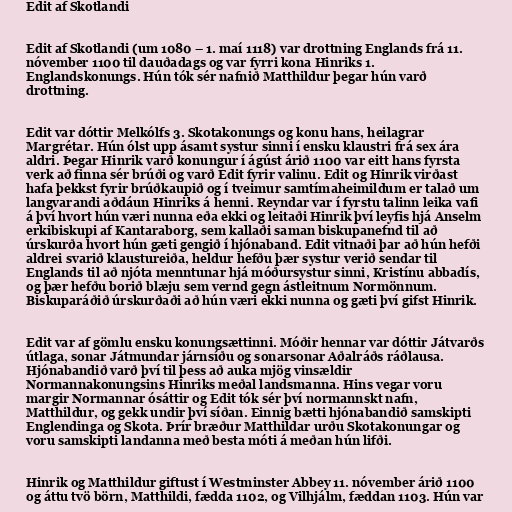
Edit af Skotlandi

Edit af Skotlandi (um 1080 – 1. maí 1118) var drottning Englands frá 11.
nóvember 1100 til dauðadags og var fyrri kona Hinriks 1.
Englandskonungs. Hún tók sér nafnið Matthildur þegar hún varð
drottning.

Edit var dóttir Melkólfs 3. Skotakonungs og konu hans, heilagrar
Margrétar. Hún ólst upp ásamt systur sinni í ensku klaustri frá sex ára
aldri. Þegar Hinrik varð konungur í ágúst árið 1100 var eitt hans fyrsta
verk að finna sér brúði og varð Edit fyrir valinu. Edit og Hinrik virðast
hafa þekkst fyrir brúðkaupið og í tveimur samtímaheimildum er talað um
langvarandi aðdáun Hinriks á henni. Reyndar var í fyrstu talinn leika vafi
á því hvort hún væri nunna eða ekki og leitaði Hinrik því leyfis hjá Anselm
erkibiskupi af Kantaraborg, sem kallaði saman biskupanefnd til að
úrskurða hvort hún gæti gengið í hjónaband. Edit vitnaði þar að hún hefði
aldrei svarið klaustureiða, heldur hefðu þær systur verið sendar til
Englands til að njóta menntunar hjá móðursystur sinni, Kristínu abbadís,
og þær hefðu borið blæju sem vernd gegn ástleitnum Normönnum.
Biskuparáðið úrskurðaði að hún væri ekki nunna og gæti því gifst Hinrik.

Edit var af gömlu ensku konungsættinni. Móðir hennar var dóttir Játvarðs
útlaga, sonar Játmundar járnsíðu og sonarsonar Aðalráðs ráðlausa.
Hjónabandið varð því til þess að auka mjög vinsældir
Normannakonungsins Hinriks meðal landsmanna. Hins vegar voru
margir Normannar ósáttir og Edit tók sér því normannskt nafn,
Matthildur, og gekk undir því síðan. Einnig bætti hjónabandið samskipti
Englendinga og Skota. Þrír bræður Matthildar urðu Skotakonungar og
voru samskipti landanna með besta móti á meðan hún lifði.

Hinrik og Matthildur giftust í Westminster Abbey 11. nóvember árið 1100
og áttu tvö börn, Matthildi, fædda 1102, og Vilhjálm, fæddan 1103. Hún var